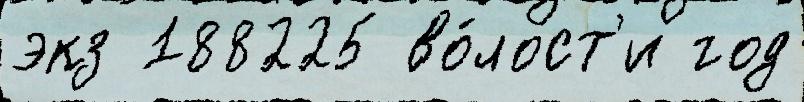
экз 188225 во́лост'и год